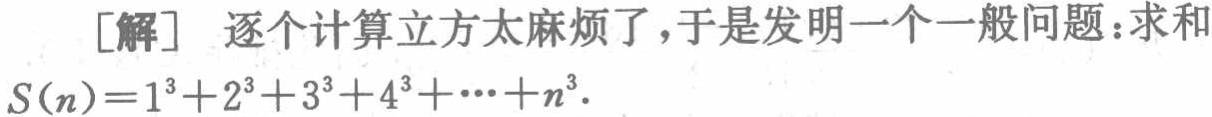
[解] 逐个计算立方太麻烦了，于是发明一个一般问题：求和
\(S(n)=1^{3}+2^{3}+3^{3}+4^{3}+\cdots +n^{3}\).